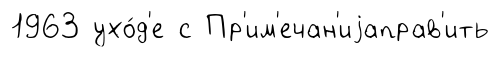
1963 ухо́д'е с Пр'им'ечан'иjаправ'ить